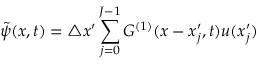
\tilde { \psi } ( x , t ) = \triangle x ^ { \prime } \sum _ { j = 0 } ^ { J - 1 } G ^ { ( 1 ) } ( x - x _ { j } ^ { \prime } , t ) u ( x _ { j } ^ { \prime } )